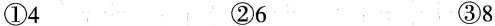
①4 ②6 ③8